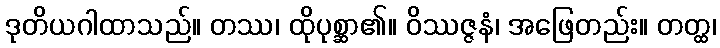
ဒုတိယဂါထာသည်။ တဿ၊ ထိုပုစ္ဆာ၏။ ဝိဿဇ္ဇနံ၊ အဖြေတည်း။ တတ္ထ၊